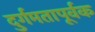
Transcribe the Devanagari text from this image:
दुर्गमतापूर्वक